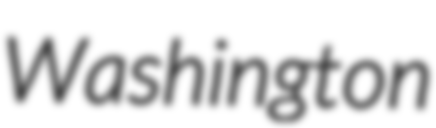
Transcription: Washington